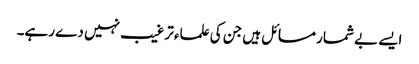
ایسے بے شمار مسائل ہیں جن کی علماء ترغیب نہیں دے رہے۔